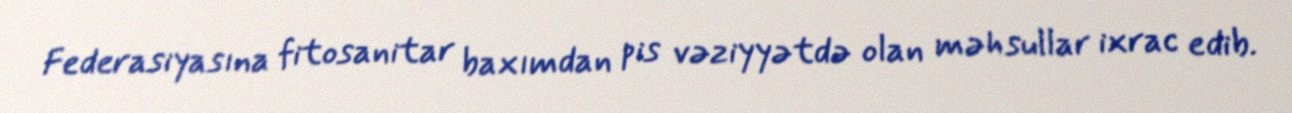
Federasiyasına fitosanitar baxımdan pis vəziyyətdə olan məhsullar ixrac edib.